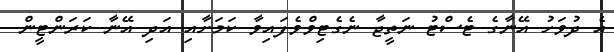
އެ ދުވަހު އޭނާގެ ޓެސްޓު ނަތީޖާ ނެގެޓިވްވެފައިވާ ކަަމަށާއި އަދި އޭނާ ކަރަންޓީން